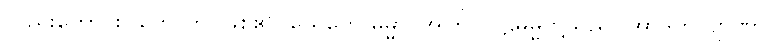
လည်းကောင်း။ ဟောတိ၊ ဖြစ်၏။ ယေတေ ဓမ္မာ၊ အကြင်ပါဠိဓမ္မတို့သည်။ အာဒိကလျာဏာ၊